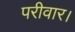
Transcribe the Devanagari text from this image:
परीवार।